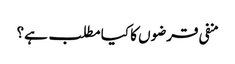
منفی قرضوں کا کیا مطلب ہے؟